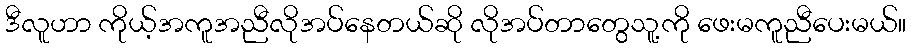
ဒီလူဟာ ကိုယ့်အကူအညီလိုအပ်နေတယ်ဆို လိုအပ်တာတွေသူ့ကို ဖေးမကူညီပေးမယ်။